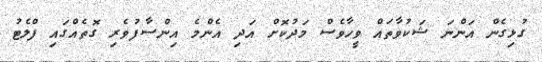
ގުޅިގެން އަންނަ ޝަކުވާތައް ވީހާވެސް މަދުކޮށް އަދި އެންމެ އިންސާފުވެރި ގޮތެއްގައި ފްލެޓު